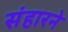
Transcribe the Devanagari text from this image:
संहारने